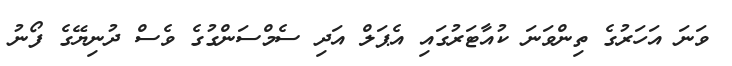
ވަނަ އަހަރުގެ ތިންވަނަ ކުއާޓަރުގައި އެޕަލް އަދި ސެމްސަންގުގެ ވެސް ދުނިޔޭގެ ފޯނު